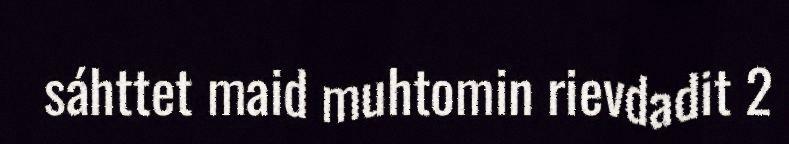
sáhttet maid muhtomin rievdadit 2